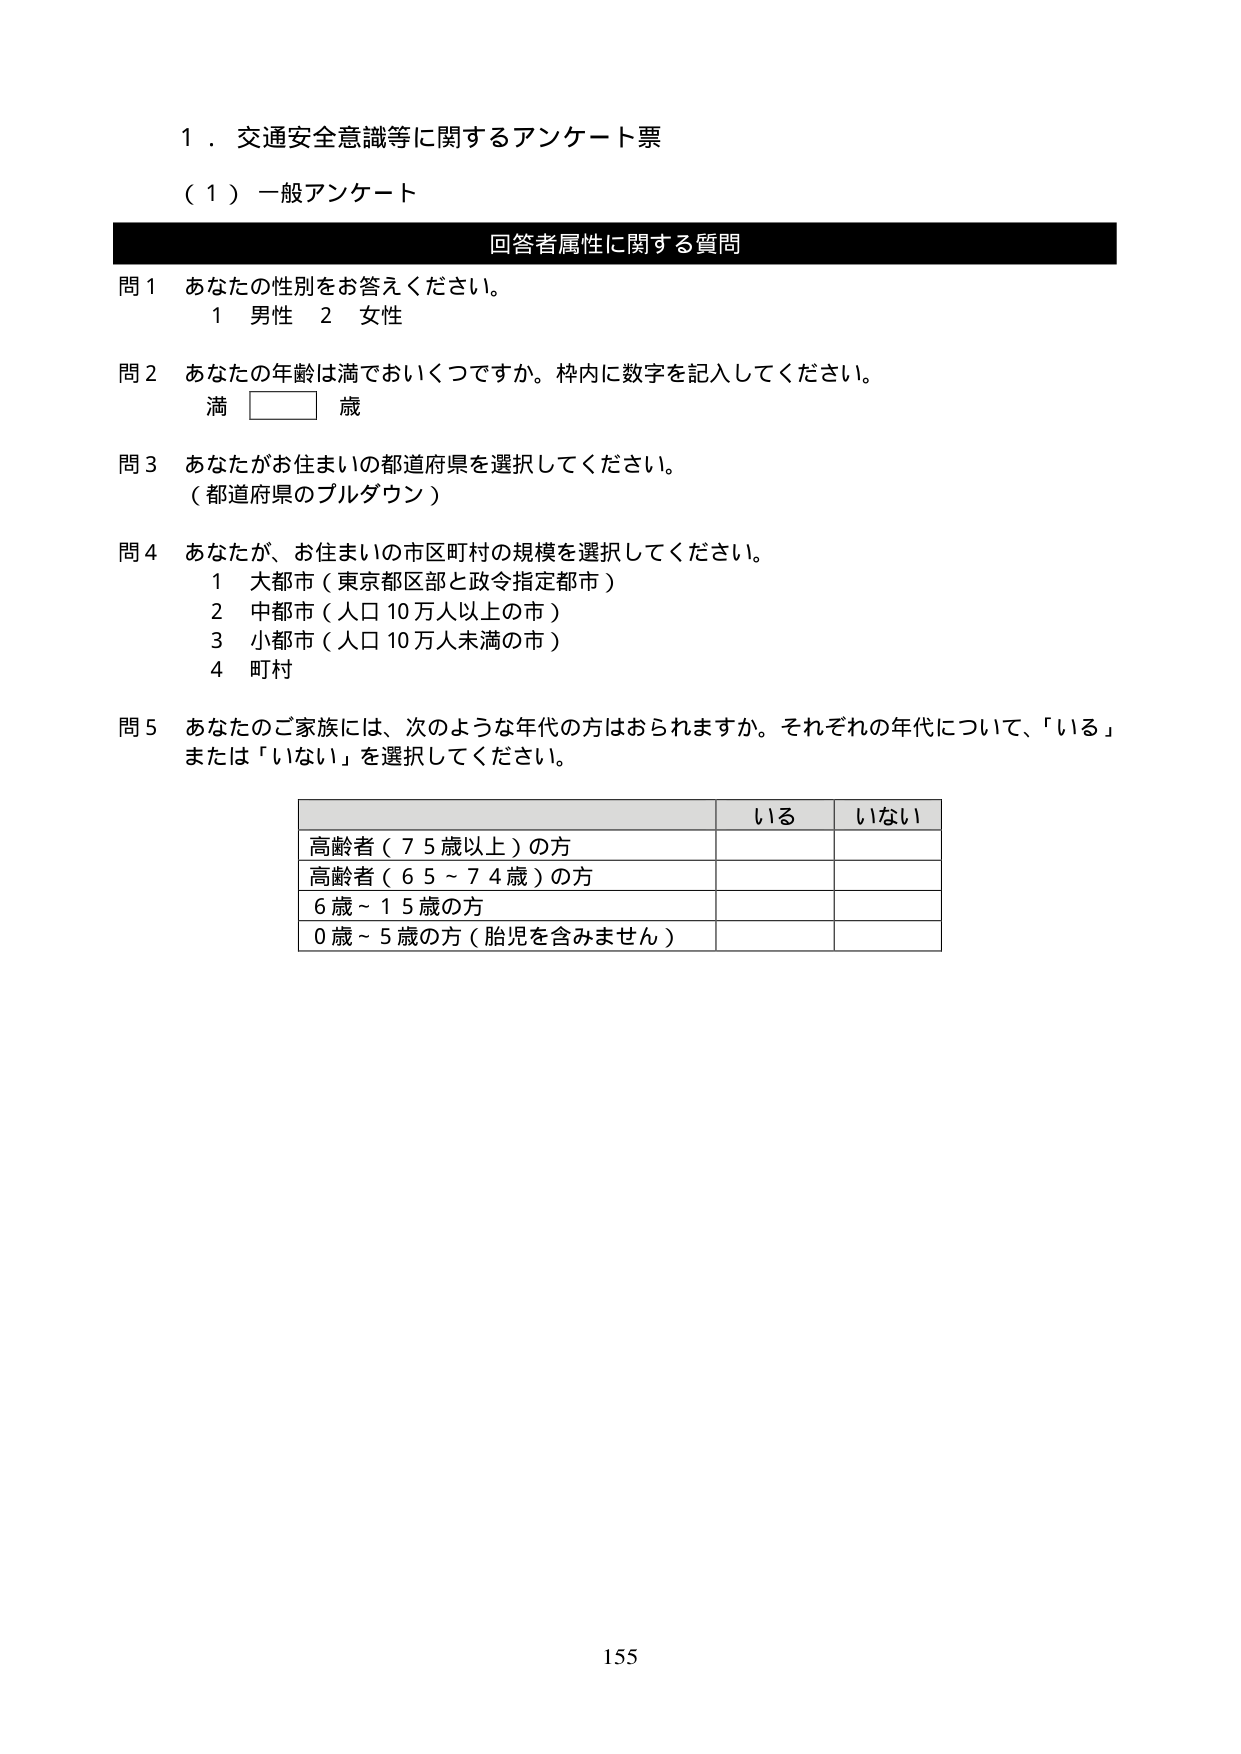
１．交通安全意識等に関するアンケート票
（１）一般アンケート
回答者属性に関する質問
問１ あなたの性別をお答えください。
　　１ 男性　２ 女性
問２ あなたの年齢は満でおいくつですか。枠内に数字を記入してください。
　　満 □□ 歳
問３ あなたがお住まいの都道府県を選択してください。
　　（都道府県のプルダウン）
問４ あなたが、お住まいの市区町村の規模を選択してください。
　　１ 大都市（東京都区部と政令指定都市）
　　２ 中都市（人口10万人以上の市）
　　３ 小都市（人口10万人未満の市）
　　４ 町村
問５ あなたのご家族には、次のような年代の方はおられますか。それぞれの年代について、「いる」または「いない」を選択してください。

　　　　　　　　　　　　　　　　いる　　いない
　　　　　　　　　　　　　　　　――――　――――
　高齢者（７５歳以上）の方
　高齢者（６５～７４歳）の方
　６歳～１５歳の方
　０歳～５歳の方（胎児を含みません）

155